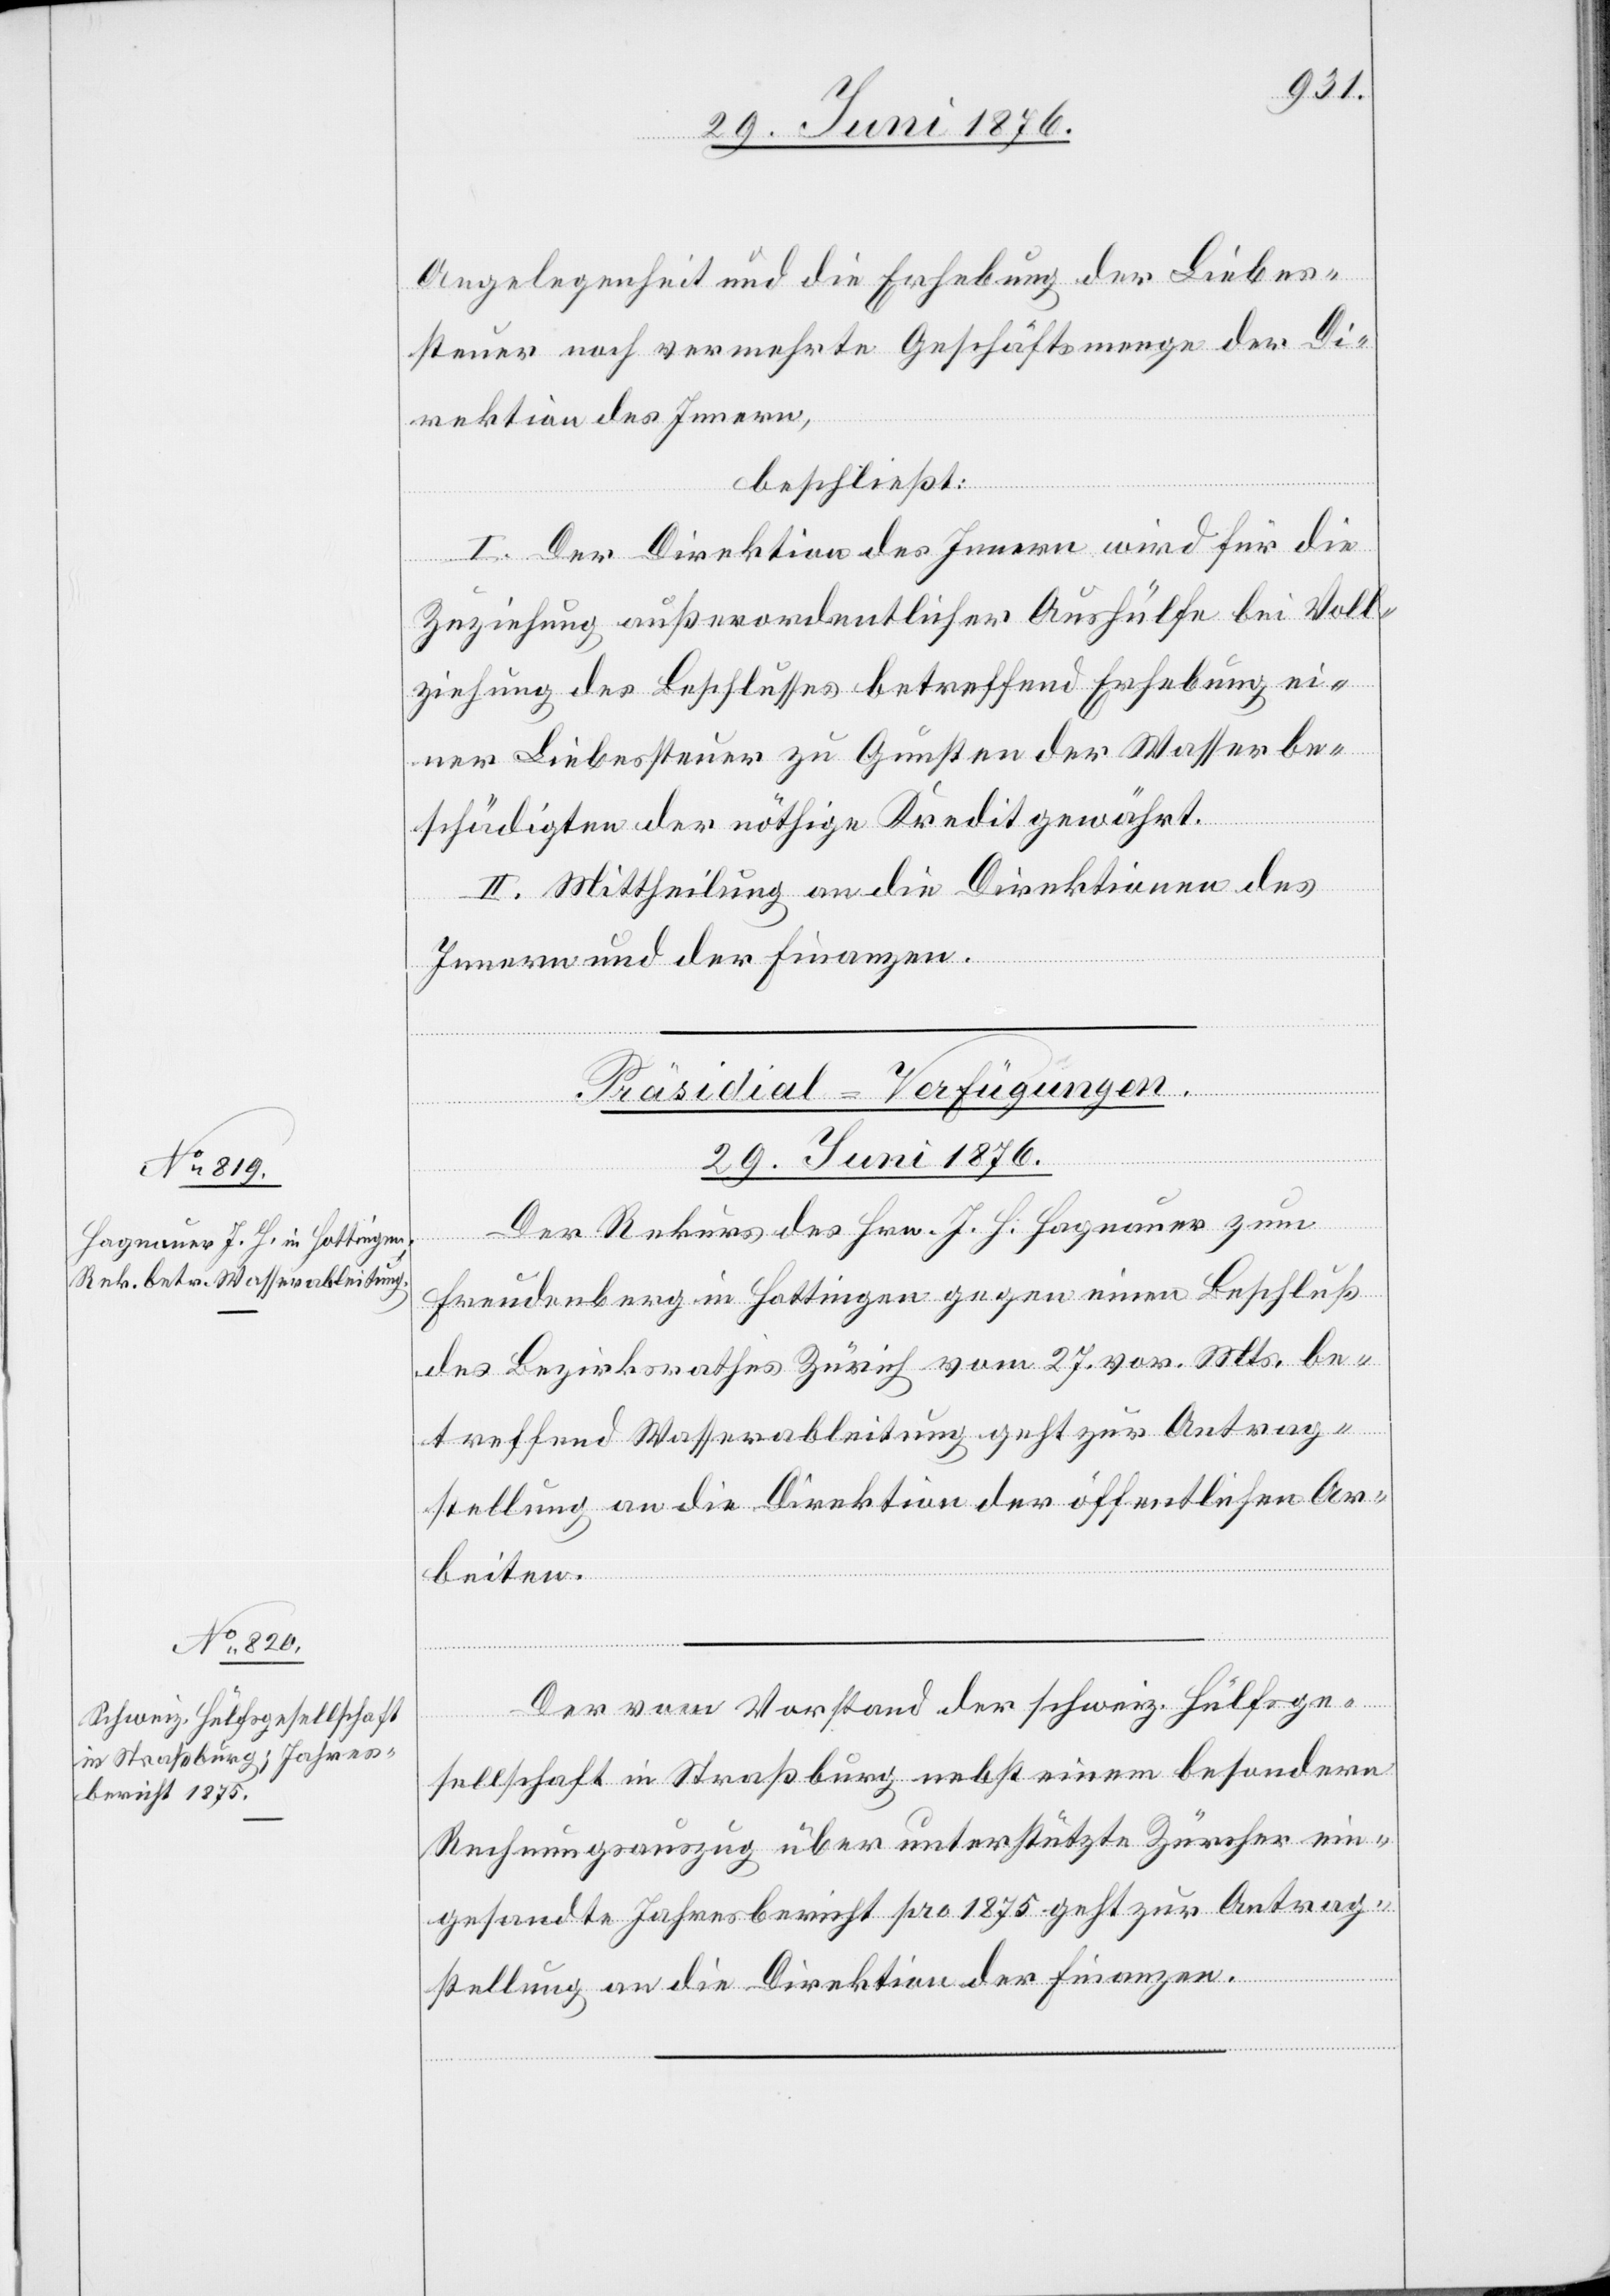
29. Juni 1876.]
Angelegenheit und die Erhebung der Liebes¬
steuer noch vermehrte Geschäftsmenge der Di¬
rektion des Innern,
beschließt:
I. Der Direktion des Innern wird für die
Zuziehung außerordentlicher Aushülfe bei Voll¬
ziehung des Beschlusses betreffend Erhebung ei¬
nes Liebessteuer zu Gunsten der Wasserbe¬
schädigten der nöthige Kredit gewährt.
II. Mittheilung an die Direktionen des
Innern und der Finanzen.
[Präsidial-Verfügungen.
29. Juni 1876.
Der Rekurs des Hrn. J. H. Hagenauer zum
Freudenberg in Hottingen gegen einen Beschluß
des Bezirksrathes Zürich vom 27. vor. Mts. be¬
treffend Wasserableitung geht zur Antrag¬
stellung an die Direktion der öffentlichen Ar¬
beiten.
Der vom Vorstand der schweiz. Hülfsge¬
sellschaft in Straßburg nebst einem besondern
Rechnungsauszug über unterstützte Zürcher ein¬
gesandte Jahresbericht pro 1875 geht zur Antrag¬
stellung an die Direktion der Finanzen.